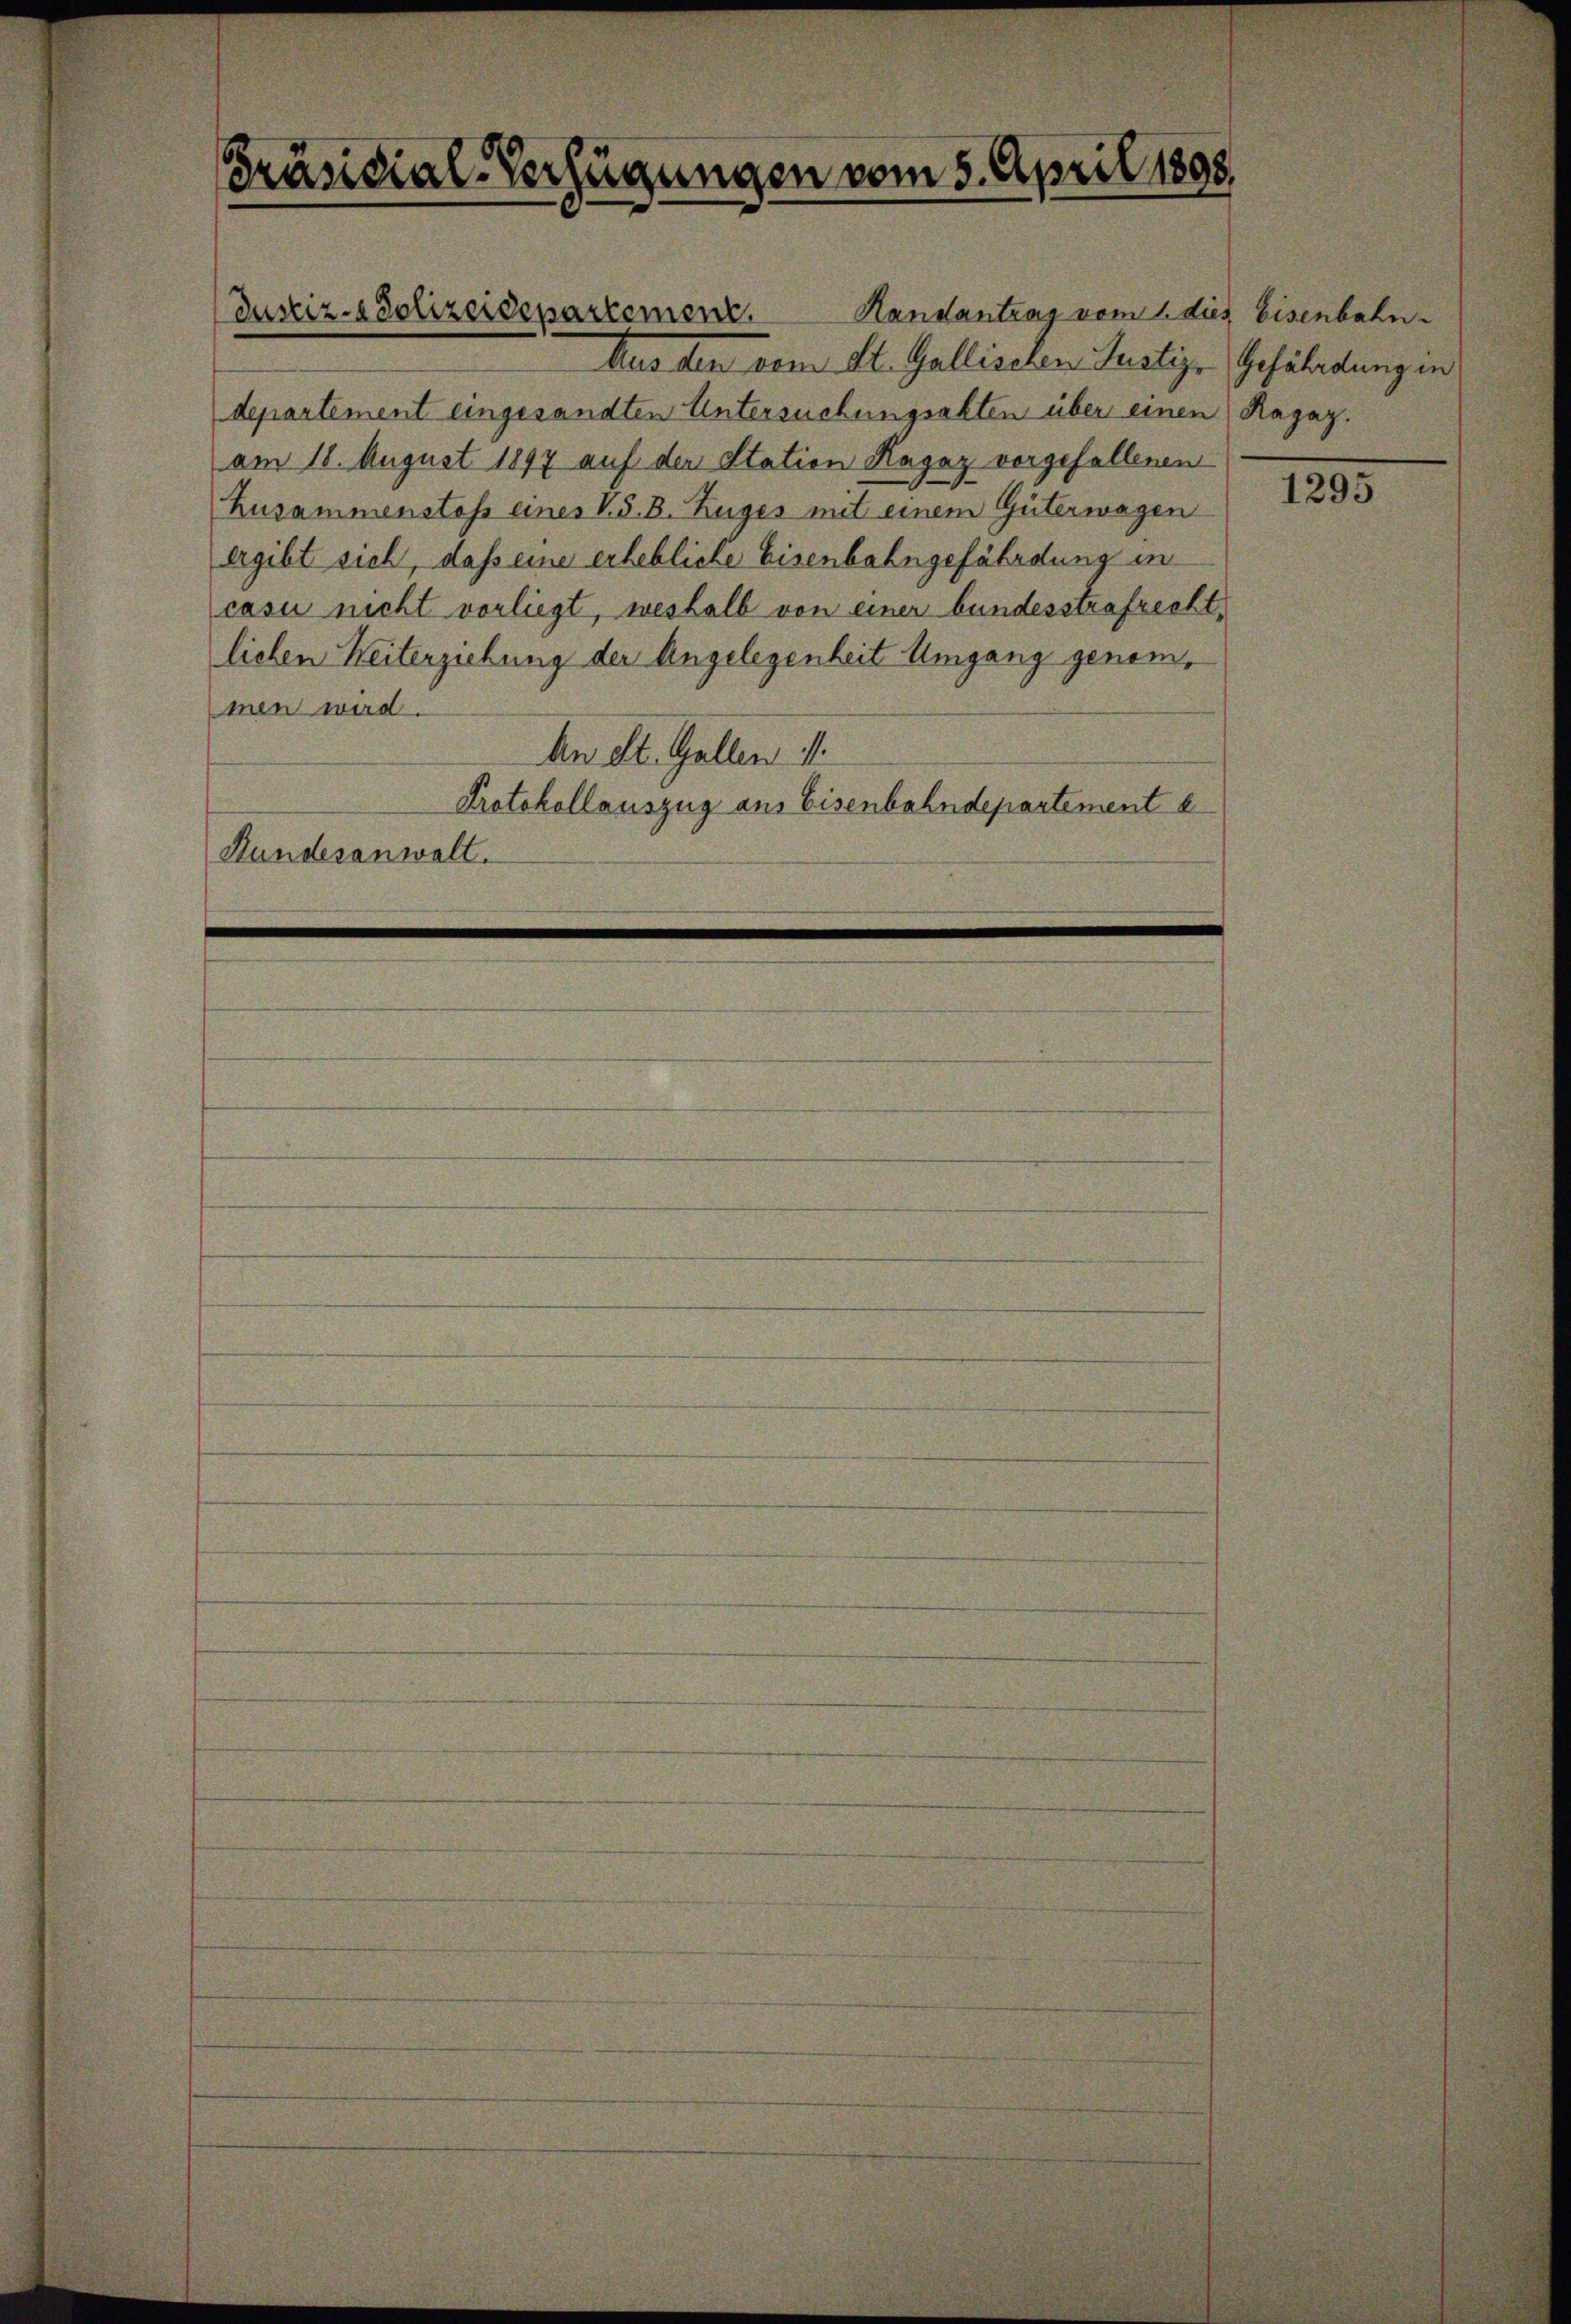
Präsidial-Verfügungen vom 5. April 1898.

Handantrag vom 1. dies Eisenbahn
Aus den vom St. Gallischen Justiz- Gefährdungen
departement eingesandten Untersuchungsakten über einen Ragaz.
am 18. August 1897 auf den Station Hagaz vorgefallenen
husammenstoss eines K. B. Zuges mit einem Güterwagen
ergibt sich, daß eine erhebliche Eisenbahngefährdung in
casu nicht vorliegt, weshalb von einer bundesstrafrecht,
lichen Weiterziehung der Angelegenheit Umgang genommen wird.
An St. Gallen i
Protokollauszug aus Eisenbahndepartement e
Hundesanwalt.

Justiz- & Polizeidepartement.

1295